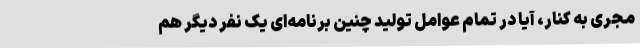
مجری به کنار، آیا در تمام عوامل تولید چنین برنامه‌ای یک نفر دیگر هم